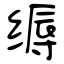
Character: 缛